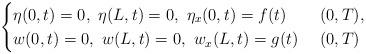
LaTeX: \begin{align*}\begin{cases}\eta(0,t)=0,\,\,\eta(L,t)=0,\,\,\eta_{x}(0,t)=f(t)& \,\, (0,T),\\w(0,t)=0,\,\,w(L,t)=0,\,\, w_{x}(L,t)=g(t)& \,\, (0,T)\end{cases}\end{align*}